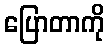
ပြောတာကို